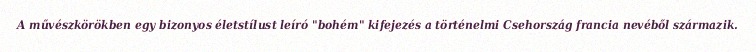
A művészkörökben egy bizonyos életstílust leíró "bohém" kifejezés a történelmi Csehország francia nevéből származik.